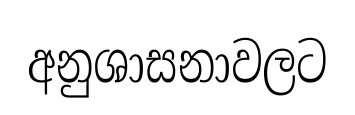
අනුශාසනාවලට